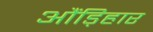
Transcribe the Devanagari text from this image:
औंड़िहार